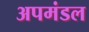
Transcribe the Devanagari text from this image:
अपमंडल